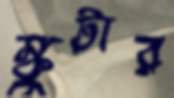
স্কুটার